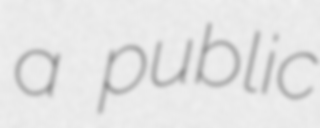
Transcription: a public